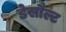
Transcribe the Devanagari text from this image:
डेसौल्ट